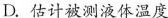
D.估计被测液体温度